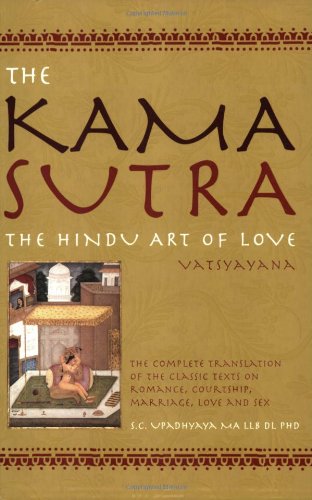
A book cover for The Kama Sutra: The Hindu Art of Love, Complete Translation from the Original Sanskrit; Vatsyayana; Religion & Spirituality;